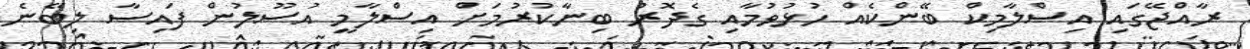
ރާއްޖޭގައި އިސްލާމިކް ބޭންކެއް ހުޅުވުމާއި ގެދޮރު ބިނާކުރުމަށް އިސްލާމީ އުސޫލުން ފައިސާ ލިބޭނެ